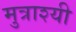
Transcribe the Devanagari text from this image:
मुत्राश्यी